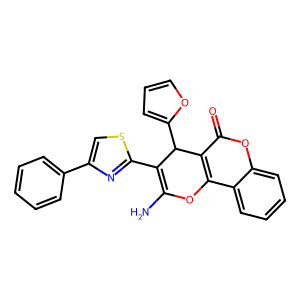
SMILES: NC1=C(c2nc(-c3ccccc3)cs2)C(c2ccco2)c2c(c3ccccc3oc2=O)O1
Inhibits HIV replication: No